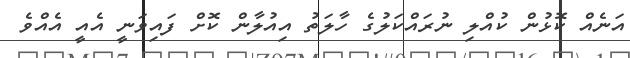
އަނެއް ކޮޅުން ކުއްލި ނުރައްކަލުގެ ހާލަތު އިއުލާން ކޮށް ފައިވަނީ އެއީ އެއްވެ